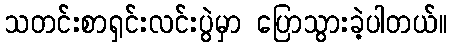
သတင်းစာရှင်းလင်းပွဲမှာ ပြောသွားခဲ့ပါတယ်။